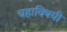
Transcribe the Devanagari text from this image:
चहाविषयी